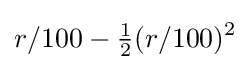
r/100-{\tfrac {1}{2}}(r/100)^{2}